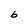
Character: b